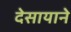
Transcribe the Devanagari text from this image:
देसायाने